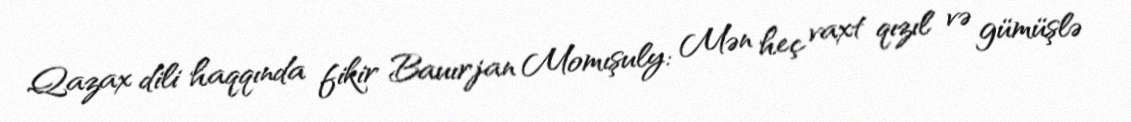
Qazax dili haqqında fikir Bauırjan Momışuly: Mən heç vaxt qızıl və gümüşlə